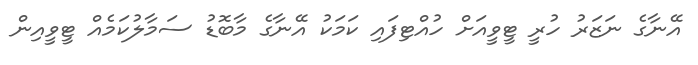
އޭނާގެ ނަޒަރު ހުރީ ޓީވީއަށް ހުއްޓިފައި ކަމަކު އޭނާގެ މާބޮޑު ސަމާލުކަމެއް ޓީވީއިން